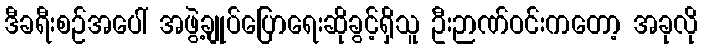
ဒီခရီးစဉ်အပေါ် အဖွဲ့ချုပ်ပြောရေးဆိုခွင့်ရှိသူ ဦးဉာဏ်ဝင်းကတော့ အခုလို